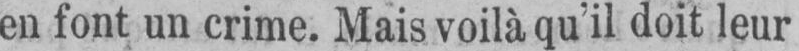
en font un crime. Mais voilà qu’il doit leur